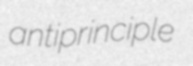
antiprinciple